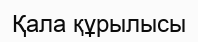
Қала құрылысы